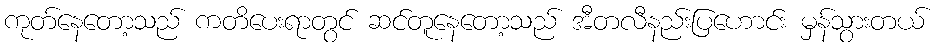
ကုတ်နေတော့သည် ကတိပေးရာတွင် ဆင်တူနေတော့သည် အီတလီနည်းပြဟောင်း မှန်သွားတယ်